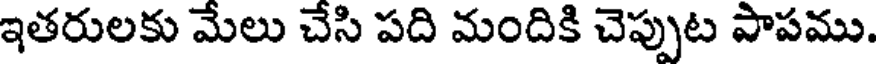
ఇతరులకు మేలు చేసి పది మందికి చెప్పుట పాపము.